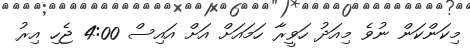
މިކަންކަން ނުވެ މިއަދު ހަވީރާ ހަމައަށް އަށް އައިސް 4:00 ޖެހި އިރު